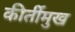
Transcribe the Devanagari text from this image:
कीर्तीमुख